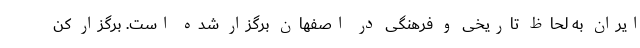
ایران به لحاظ تاریخی و فرهنگی در اصفهان برگزار شده است. برگزار کن